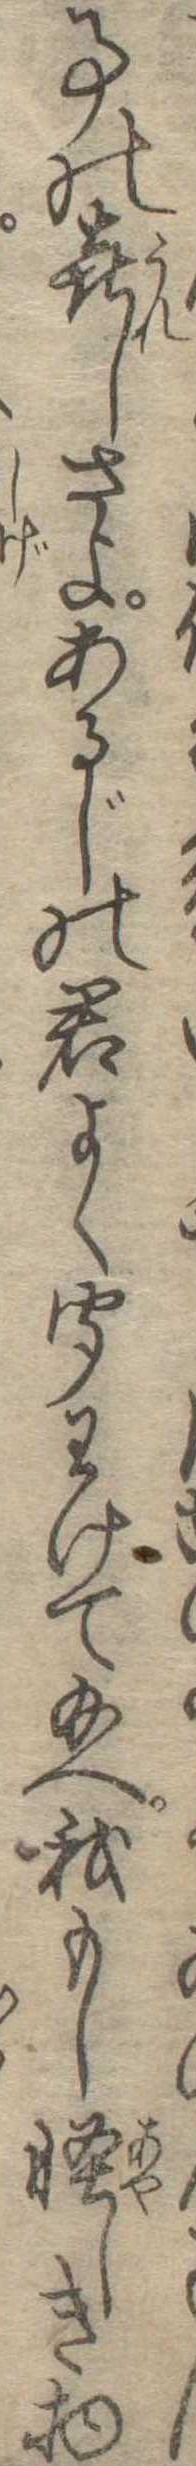
事の喜しさよあるじの君よく聞わけて給へ我もし怪しき物